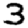
Digit: 3